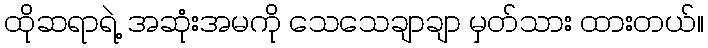
ထိုဆရာရဲ့ အဆုံးအမကို သေသေချာချာ မှတ်သား ထားတယ်။